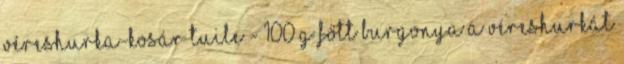
Véreshurka-kosár tuile - 100 g főtt burgonya A véreshurkát